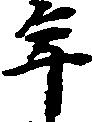
年